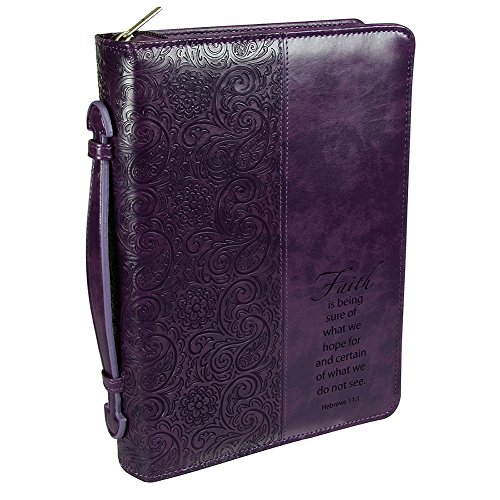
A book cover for Purple "Faith" Bible / Book Cover - Hebrews 11:1 (Large); Christian Art Gifts; Christian Books & Bibles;